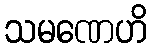
သမဏေဟိ